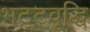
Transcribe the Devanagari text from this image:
भट्टवृद्धि